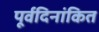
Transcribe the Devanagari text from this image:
पूर्वदिनांकित